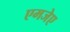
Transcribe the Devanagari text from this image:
एमजेए